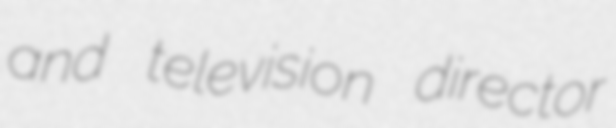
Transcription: and television director